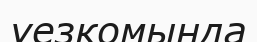
уезкомында